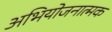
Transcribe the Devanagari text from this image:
अभियोजनात्मक